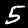
Label: 5